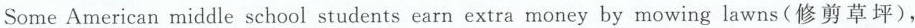
And how can you get more money? SomeAmerican middle school students earn extra money by mowing lawns(修剪草坪),